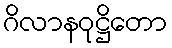
ဂိလာနဝုဋ္ဌိတော